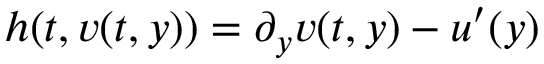
h ( t , v ( t , y ) ) = \partial _ { y } v ( t , y ) - u ^ { \prime } ( y )